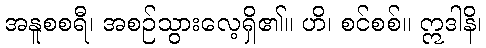
အနူစစရီ၊ အစဉ်သွားလေ့ရှိ၏။ ဟိ၊ စင်စစ်။ ဣဒါနိ၊